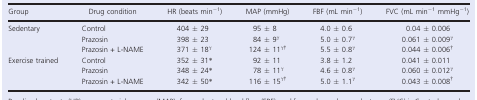
<table><thead><tr><td><b>Group</b></td><td><b>Drug condition</b></td><td><b>HR (beats min<sup>−1</sup>)</b></td><td><b>MAP (mmHg)</b></td><td><b>FBF (mL min<sup>−1</sup>)</b></td><td><b>FVC (mL min<sup>−1</sup> mmHg<sup>−1</sup>)</b></td></tr></thead><tbody><tr><td rowspan="3">Sedentary</td><td>Control</td><td>404 ± 29</td><td>95 ± 8</td><td>4.0 ± 0.6</td><td>0.04 ± 0.006</td></tr><tr><td>Prazosin</td><td>398 ± 23</td><td>84 ± 9<sup>γ</sup></td><td>5.0 ± 0.7<sup>γ</sup></td><td>0.061 ± 0.009<sup>γ</sup></td></tr><tr><td>Prazosin + l‐NAME</td><td>371 ± 18<sup>γ</sup></td><td>124 ± 11<sup>γ†</sup></td><td>5.5 ± 0.8<sup>γ</sup></td><td>0.044 ± 0.006<sup>†</sup></td></tr><tr><td rowspan="3">Exercise trained</td><td>Control</td><td>352 ± 31*</td><td>92 ± 11</td><td>3.8 ± 1.2</td><td>0.041 ± 0.011</td></tr><tr><td>Prazosin</td><td>348 ± 24*</td><td>78 ± 11<sup>γ</sup></td><td>4.6 ± 0.8<sup>γ</sup></td><td>0.060 ± 0.012<sup>γ</sup></td></tr><tr><td>Prazosin + l‐NAME</td><td>342 ± 50*</td><td>116 ± 15<sup>γ†</sup></td><td>5.0 ± 1.1<sup>γ</sup></td><td>0.043 ± 0.008<sup>†</sup></td></tr></tbody></table>